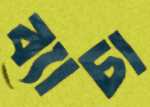
ব্যাচা